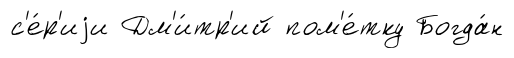
с'е́р'иjи Дм'и́тр'ий пом'е́тку Богда́н